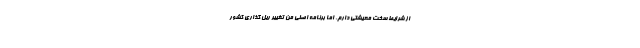
از شرایط سخت معیشتی دارم، اما برنامه اصلی من تغییر ریل گذاری کشور